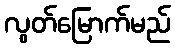
လွတ်မြောက်မည်